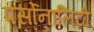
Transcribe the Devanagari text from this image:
पर्सोनालिटी